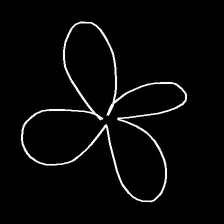
Glyph: billowing